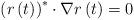
LaTeX: \begin{align*}\left( r\left( t\right) \right) ^{\ast}\cdot\nabla r\left( t\right)=0\end{align*}